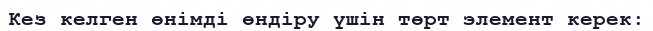
Кез келген өнімді өндіру үшін төрт элемент керек: